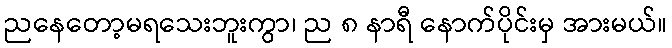
ညနေတော့မရသေးဘူးကွာ၊ ည ၈ နာရီ နောက်ပိုင်းမှ အားမယ်။